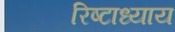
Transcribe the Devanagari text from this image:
रिष्टाध्याय